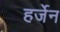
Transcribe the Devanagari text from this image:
हर्जेन